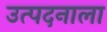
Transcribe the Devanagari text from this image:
उत्पदनाला